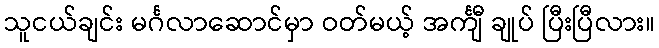
သူငယ်ချင်း မင်္ဂလာဆောင်မှာ ဝတ်မယ့် အင်္ကျီ ချုပ် ပြီးပြီလား။